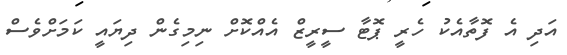
އަދި އެ ފޮތާއެކު ހެރީ ޕޮޓާ ސީރީޒް އެއްކޮށް ނިމިގެން ދިޔައީ ކަމަށްވެސް